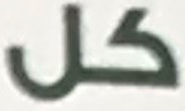
كل